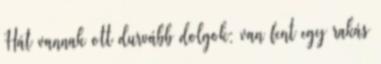
Hát vannak ott durvább dolgok: van fent egy rakás